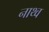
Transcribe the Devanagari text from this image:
नाथ्व